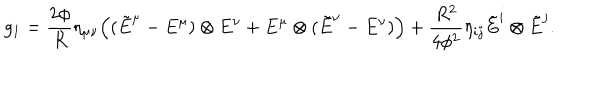
g _ { 1 } = \frac { 2 \phi } { R } \eta _ { \mu \nu } \Big ( ( \tilde { E } ^ { \mu } - E ^ { \mu } ) \otimes E ^ { \nu } + E ^ { \mu } \otimes ( \tilde { E } ^ { \nu } - E ^ { \nu } ) \Big ) + \frac { R ^ { 2 } } { 4 \phi ^ { 2 } } \eta _ { i j } \tilde { E } ^ { i } \otimes \tilde { E } ^ { j } .